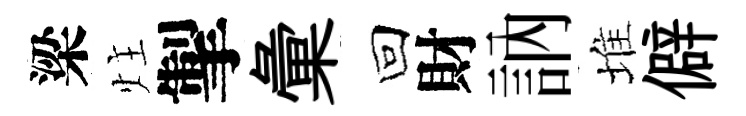
梁炷掣彙回財訥堆僻